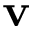
\mathbf { v }